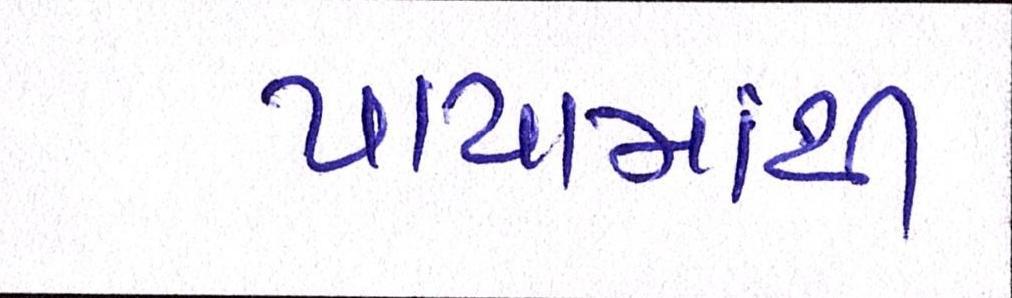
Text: પાયામાંથી